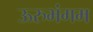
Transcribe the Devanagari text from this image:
ऊरुभंगम